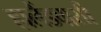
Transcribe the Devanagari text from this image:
हालैंडवासी